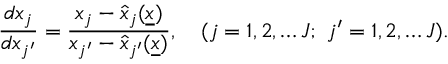
\frac { d x _ { j } } { d x _ { j ^ { \prime } } } = \frac { x _ { j } - \hat { x } _ { j } ( \underline { { x } } ) } { x _ { j ^ { \prime } } - \hat { x } _ { j ^ { \prime } } ( \underline { { x } } ) } , \quad ( j = 1 , 2 , \dots J ; \ j ^ { \prime } = 1 , 2 , \dots J ) .